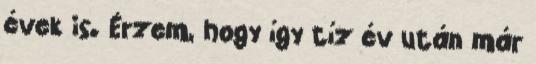
évek is. Érzem, hogy így tíz év után már